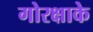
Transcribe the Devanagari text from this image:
गोरक्षाके